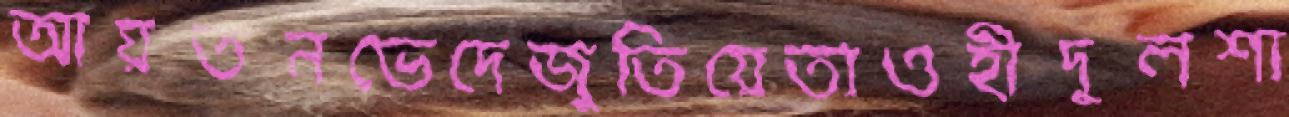
আয়তনভেদেজুতিয়েতাওহীদুলশা